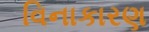
વિનાકારણ